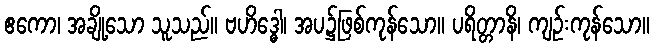
ဧကော၊ အချို့သော သူသည်။ ဗဟိဒ္ဓေါ၊ အပ၌ဖြစ်ကုန်သော။ ပရိတ္တာနိ၊ ကျဉ်းကုန်သော။